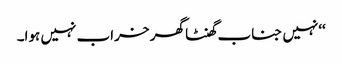
‘‘نہیں جناب گھنٹا گھر خراب نہیں ہوا۔